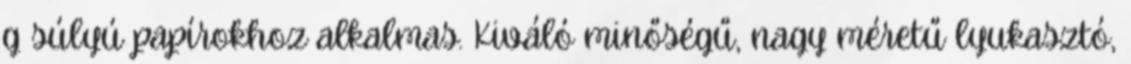
g súlyú papírokhoz alkalmas. Kiváló minőségű, nagy méretű lyukasztó,